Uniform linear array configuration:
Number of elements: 8
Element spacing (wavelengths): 1
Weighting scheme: binomial
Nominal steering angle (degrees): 15
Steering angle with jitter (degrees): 13.752
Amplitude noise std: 0.05
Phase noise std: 0.05

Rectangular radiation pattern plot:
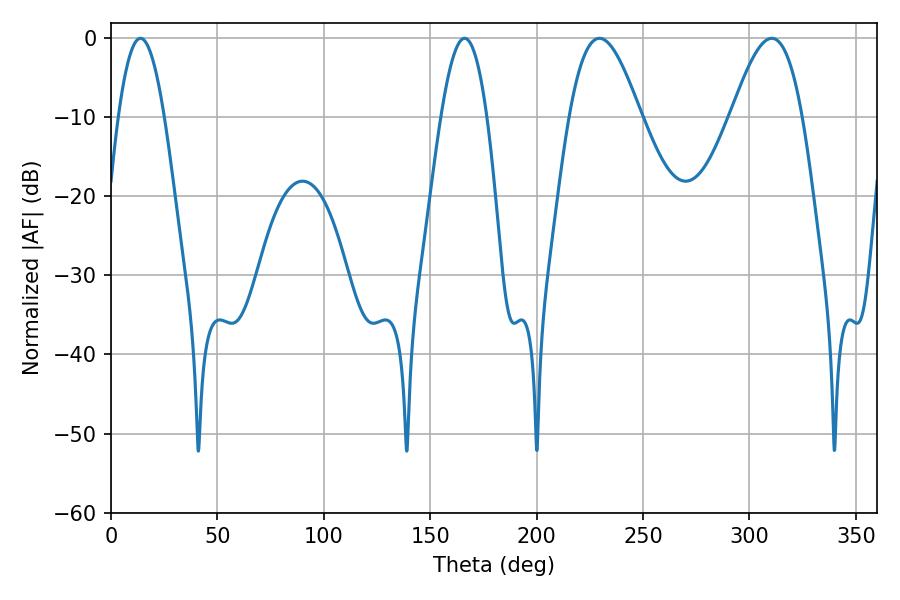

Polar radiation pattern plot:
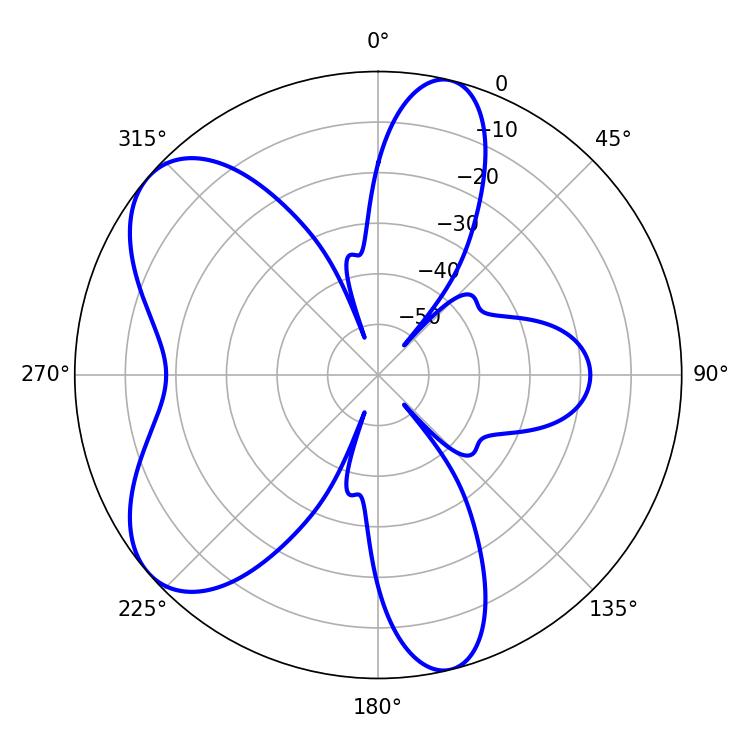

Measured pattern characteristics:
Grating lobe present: TRUE
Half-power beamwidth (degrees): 11.7
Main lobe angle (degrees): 13.86